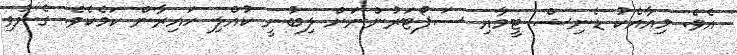
އެވެ. މިއާއެކު ޑެނިޝް ޓީމާއި ސަޕޯޓަރުންނަށް ލިބުނީ ކުއްލި ހައިރާން ކަމެކެވެ. ގެނުވި